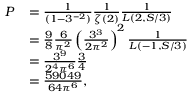
\begin{array} { r l } { P } & { = \frac { 1 } { ( 1 - 3 ^ { - 2 } ) } \frac { 1 } { \zeta ( 2 ) } \frac { 1 } { L ( 2 , S / 3 ) } } \\ & { = \frac { 9 } { 8 } \frac { 6 } { \pi ^ { 2 } } \left( \frac { 3 ^ { 3 } } { 2 \pi ^ { 2 } } \right) ^ { 2 } \frac { 1 } { L ( - 1 , S / 3 ) } } \\ & { = \frac { 3 ^ { 9 } } { 2 ^ { 4 } \pi ^ { 6 } } \frac { 3 } { 4 } } \\ & { = \frac { 5 9 0 4 9 } { 6 4 \pi ^ { 6 } } , } \end{array}